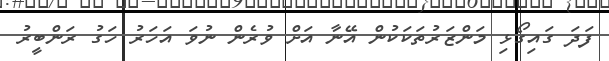
ފަދަ ގައިގޯޅި މަންޒަރުތަކަކުން އޭނާ އަށް ވުރެން ނުވަ އަހަރު ހަގު ރަންބީރު